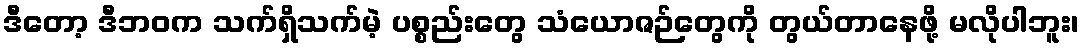
ဒီတော့ ဒီဘဝက သက်ရှိသက်မဲ့ ပစ္စည်းတွေ သံယောဇဉ်တွေကို တွယ်တာနေဖို့ မလိုပါဘူး၊